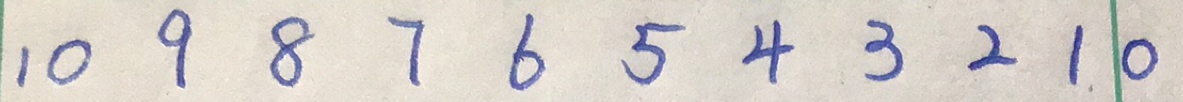
1 0 9 8 7 6 5 4 3 2 1 0